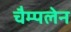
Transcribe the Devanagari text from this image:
चैम्पलेन